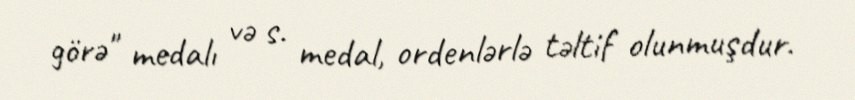
görə" medalı və s. medal, ordenlərlə təltif olunmuşdur.